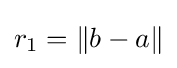
r_{1}=\|b-a\|